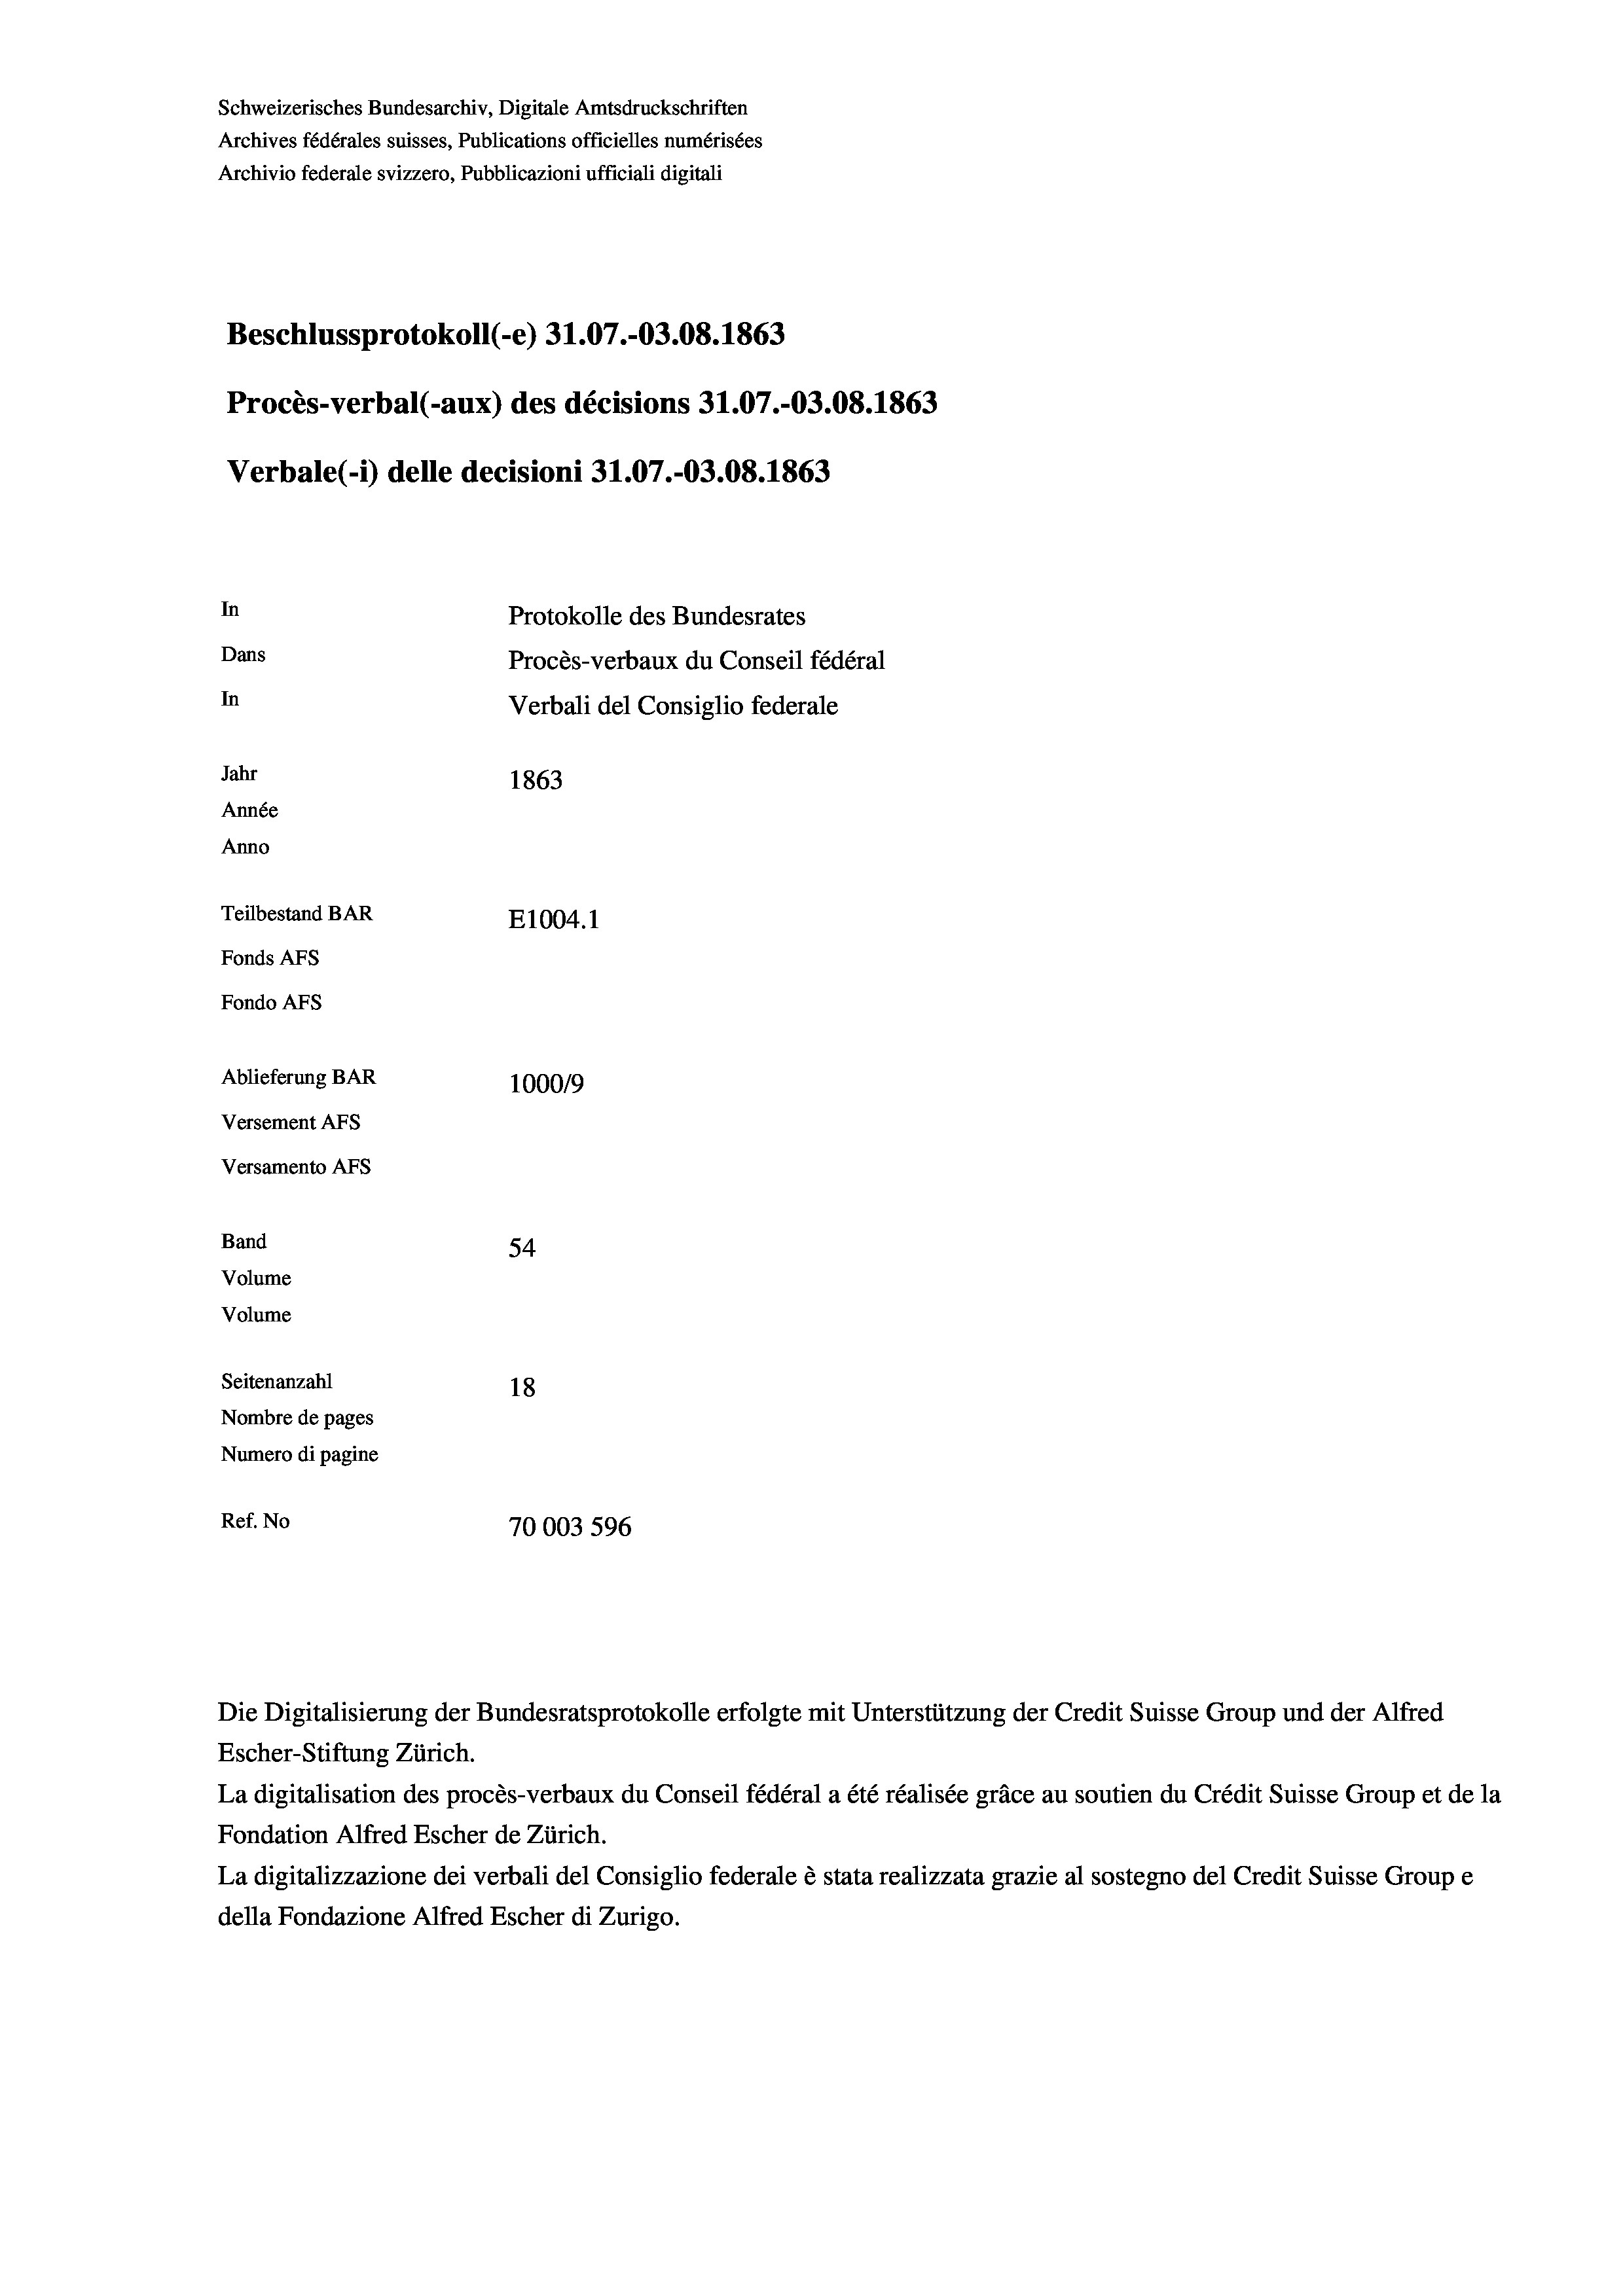
Schweizerisches Bundesarchiv, Digitale Amtsdruckschriften
Archives fédérales suisses, Publications officielles numérisées
Archivio federale svizzero, Pubblicazioni ufficiali digitali
Beschlussprotokoll (-e) 31.07.-03.08. 1863
Procès-verbal (-aux) des décisions 31.07.-03.08. 1863
In
Protokolle des Bundesrates
Dans
Procès-verbaux du Conseil fédéral
In
Verbali del Consiglio federale
Jahr
1863
Année
Anno
Teilbestand BAR
E1004. 1
Fonds AFs
Fondo AFS

Ablieferung BAR
Versement AFs
Versamento AFs
Band
Volume
Volume

Verbale (- 1) delle decisioni 31.07.-03.08. 1863

54
Seitenanzahl
18
Nombre de pages
Numero di pagine
Ref. No
70003 596

100019

Die Digitalisierung der Bundesratsprotokolle erfolgte mit Unterstützung der Credit Suisse Group und der Alfred

Escher-Stiftung Zürich.
La digitalisation des procès-verbaux du Conseil fédéral a été réalisée gräce au soutien du Crédit Suisse Group et de la
Fondation Alfred Escher de Zürich.
La digitalizzazione dei verbali del Consiglio federale è stata realizzata grazie al sostegno del Credit Suisse Groupe
della Fondazione Alfred Escher di Zurigo.